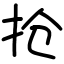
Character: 抢